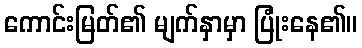
ကောင်းမြတ်၏ မျက်နှာမှာ ပြုံးနေ၏။